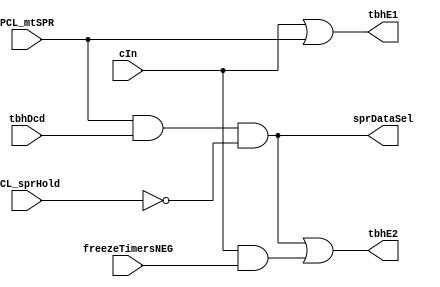
// 
// ************************************************************************** 
// 
//  Copyright (c) International Business Machines Corporation, 2005. 
// 
//  This file contains trade secrets and other proprietary and confidential 
//  information of International Business Machines Corporation which are 
//  protected by copyright and other intellectual property rights and shall 
//  not be reproduced, transferred to other documents, disclosed to others, 
//  or used for any purpose except as specifically authorized in writing by 
//  International Business Machines Corporation. This notice must be 
//  contained as part of this text at all times. 
// 
// ************************************************************************** 
//
module timerTbhEqs (
                    sprDataSel, 
		    tbhE1, 
		    tbhE2, 
		    PCL_mtSPR, 
		    PCL_sprHold, 
                    cIn, 
		    tbhDcd, 
		    freezeTimersNEG
		    );
           
output sprDataSel;
output tbhE1;
output tbhE2;
input PCL_mtSPR;
input PCL_sprHold;
input cIn;
input tbhDcd;
input freezeTimersNEG;

// pick the spr side of the mux only when mtspr actually happens,
// default to the incrementer side of the mux.
assign sprDataSel = PCL_mtSPR & tbhDcd & ~PCL_sprHold;

// Enable the L1 for HW inc or mtspr.
assign tbhE1 = cIn | PCL_mtSPR;

// Block C2 if pipe hold, but allow HW inc to override.
assign tbhE2 = (PCL_mtSPR & tbhDcd & ~PCL_sprHold) | (cIn & freezeTimersNEG);

endmodule